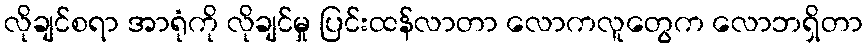
လိုချင်စရာ အာရုံကို လိုချင်မှု ပြင်းထန်လာတာ လောကလူတွေက လောဘရှိတာ